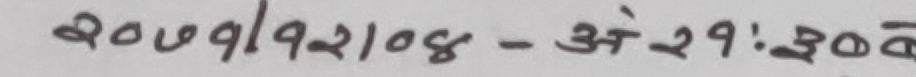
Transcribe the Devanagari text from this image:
२०७१/१२/०४ - अने २१:३०अ